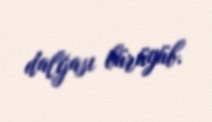
dalğası bürüyüb.